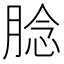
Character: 腍